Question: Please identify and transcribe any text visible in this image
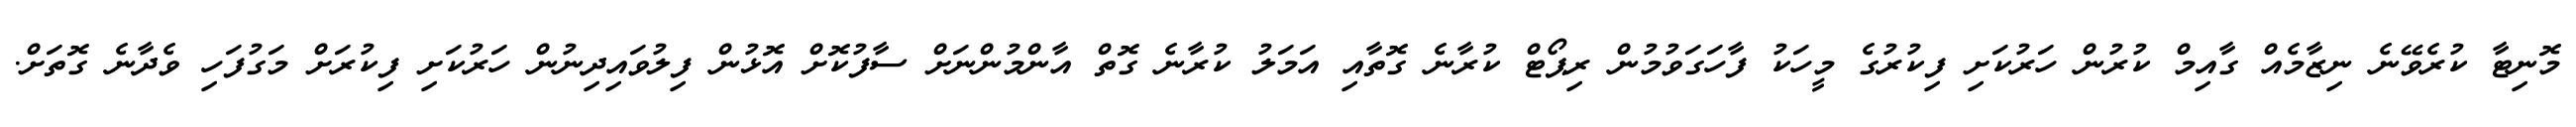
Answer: މޮނިޓާ ކުރެވޭނެ ނިޒާމެއް ގާއިމް ކުރުން ހަރުކަށި ފިކުރުގެ މީހަކު ފާހަގަވުމުން ރިޕޯޓް ކުރާނެ ގޮތާއި އަމަލު ކުރާނެ ގޮތް އާންމުންނަށް ސާފުކޮށް އޮޅުން ފިލުވައިދިނުން ހަރުކަށި ފިކުރަށް މަގުފަހި ވެދާނެ ގޮތަށް.